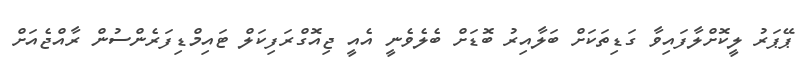
ޕޭޕަރު ލީކޮށްލާފައިވާ ގަޑިތަކަށް ބަލާއިރު ބޮޑަށް ބެލެވެނީ އެއީ ޖިއޮގްރަފިކަލް ޓައިމްޑިފަރެންސުން ރާއްޖެއަށް